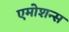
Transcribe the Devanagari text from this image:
एमोशन्स